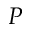
P